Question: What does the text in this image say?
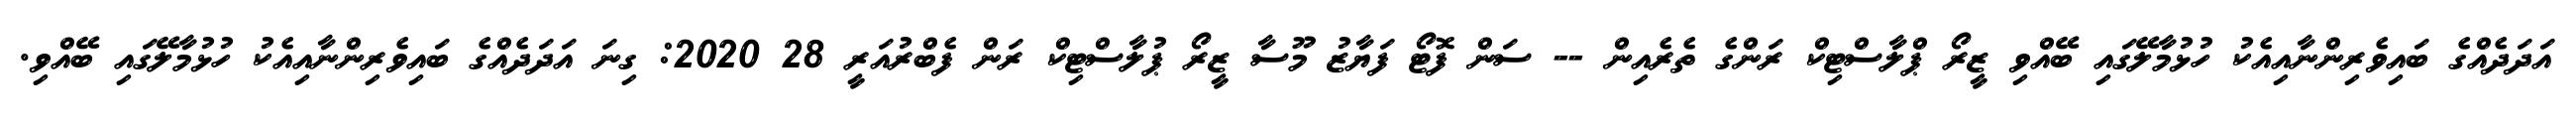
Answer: އަދަދެއްގެ ބައިވެރިންނާއިއެކު ހުޅުމާލޭގައި ބޭއްވި ޒީރޯ ޕްލާސްޓިކް ރަންގެ ތެރެއިން -- ސަން ފޮޓޯ ފަޔާޒު މޫސާ ޒީރޯ ޕުލާސްޓިކް ރަން ފެބްރުއަރީ 28 2020: ގިނަ އަދަދެއްގެ ބައިވެރިންނާއިއެކު ހުޅުމާލޭގައި ބޭއްވި.